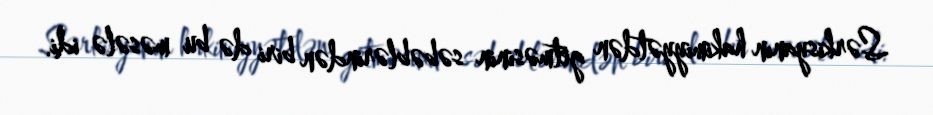
Sərkisyanın hakimiyyətdən getməsinin səbəblərindən biri də bu məsələ idi.